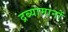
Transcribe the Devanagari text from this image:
द्रब्यामानों